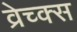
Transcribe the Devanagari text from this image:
व्रेच्क्स